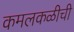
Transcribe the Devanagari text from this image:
कमलकळीची